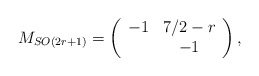
\begin{align*}M_{SO(2r+1)}=\left(\begin{array}{cc} -1 & 7/2-r \\ & -1 \end{array}\right),\end{align*}